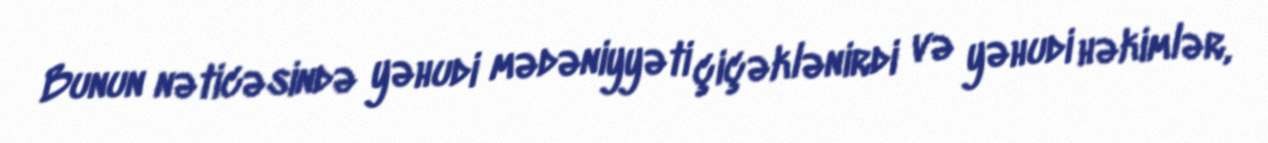
Bunun nəticəsində yəhudi mədəniyyəti çiçəklənirdi və yəhudi həkimlər,